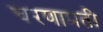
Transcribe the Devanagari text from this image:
चरणाप्रती